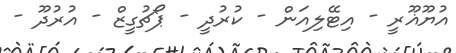
އުޔޫޣޫރީ - އިޓޭލިއަން - ކުރުދީ - ޕޯޗުގީޒް - އުރުދޫ -